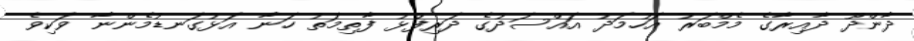
ދާންދޫ ދާއިރާގެ މެމްބަރު އަހުމަދު އައްސަދުގެ ދަރިފުޅު ފާތިމަތު ހަނާ އަޅުގަނޑުމެންނާ ވަކިވެ